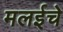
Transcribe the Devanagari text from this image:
मलईचे